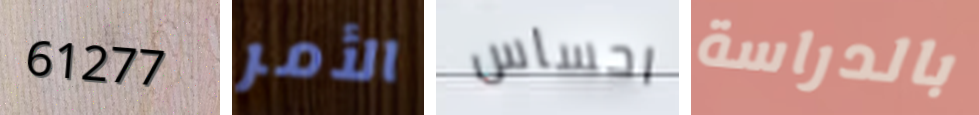
61277 الأمر احساس بالدراسة